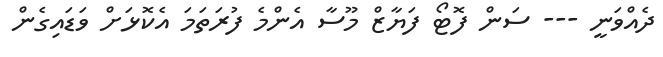
ދެއްވަނީ --- ސަން ފޮޓޯ ފަޔާޒް މޫސާ އެންމެ ފުރަތަމަ އެކޮޅަށް ވަޑައިގެން